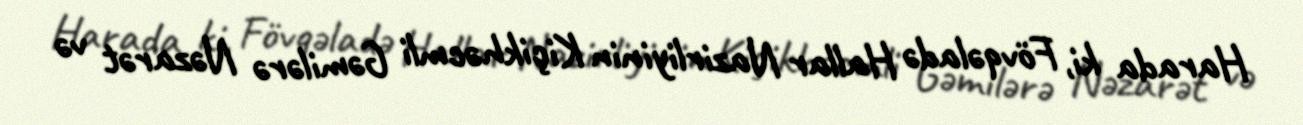
Harada ki, Fövqəladə Hallar Nazirliyinin Kiçikhəcmli Gəmilərə Nəzarət və